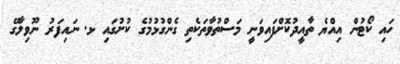
ހައި ކޯޓުން އިއްޔެ ތާއީދުކޮށްފައިވަނީ މަސްތުވާތަކެތި ގެންގުޅުމުގެ ކުށުގައި ޅ. ނައިފަރު ނޫވިލާގޭ